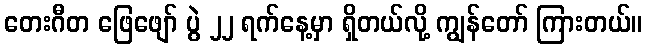
တေးဂီတ ဖြေဖျော် ပွဲ ၂၂ ရက်နေ့မှာ ရှိတယ်လို့ ကျွန်တော် ကြားတယ်။